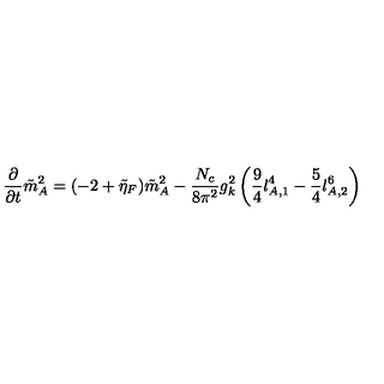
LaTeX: \frac { \partial } { \partial t } \tilde { m } _ { A } ^ { 2 } = ( - 2 + \tilde { \eta } _ { F } ) \tilde { m } _ { A } ^ { 2 } - \frac { N _ { c } } { 8 \pi ^ { 2 } } g _ { k } ^ { 2 } \left( \frac { 9 } { 4 } l _ { A , 1 } ^ { 4 } - \frac { 5 } { 4 } l _ { A , 2 } ^ { 6 } \right)